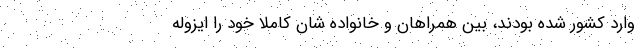
وارد کشور شده بودند، بین همراهان و خانواده شان کاملا خود را ایزوله